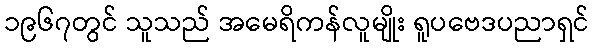
၁၉၆၇တွင် သူသည် အမေရိကန်လူမျိုး ရူပဗေဒပညာရှင်